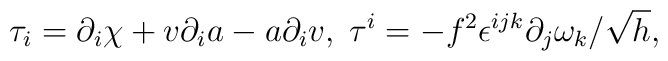
\tau_i=\partial_i\chi +v\partial_ia-a\partial_iv,\;\tau^i=-f^2\epsilon^{ijk}\partial_j\omega_k/\sqrt{h},